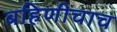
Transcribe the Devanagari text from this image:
बहिणीचाच